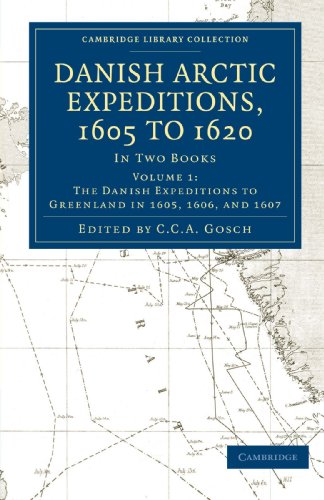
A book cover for Danish Arctic Expeditions, 1605 to 1620: Volume 1, The Danish Expeditions to Greenland in 1605, 1606, and 1607: In Two Books (Cambridge Library Collection - Hakluyt First Series); History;